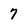
Character: 7